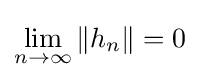
\lim _{n\rightarrow \infty }\|h_{n}\|=0